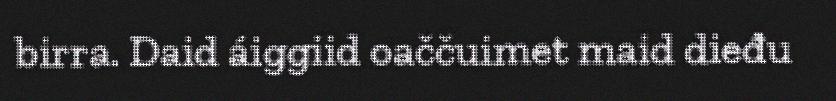
birra. Daid áiggiid oaččuimet maid dieđu